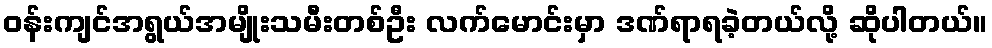
ဝန်းကျင်အရွယ်အမျိုးသမီးတစ်ဦး လက်မောင်းမှာ ဒဏ်ရာရခဲ့တယ်လို့ ဆိုပါတယ်။